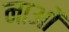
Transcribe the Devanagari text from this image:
नाओं